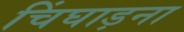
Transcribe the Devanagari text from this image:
चिंघाड़ना